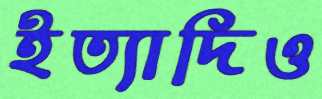
ইত্যাদিও